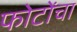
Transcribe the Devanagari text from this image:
फोटोंचा